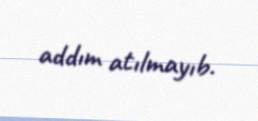
addım atılmayıb.